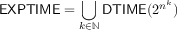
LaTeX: { \mathsf { E X P T I M E } } = \bigcup _ { k \in \mathbb { N } } { \mathsf { D T I M E } } ( 2 ^ { n ^ { k } } )